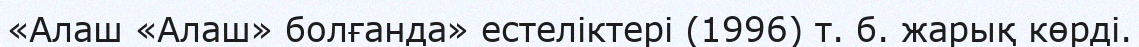
«Алаш «Алаш» болғанда» естеліктері (1996) т. б. жарық көрді.